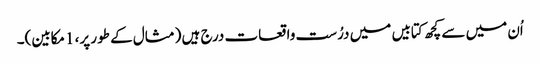
اُن میں سے کچھ کتابیں میں درُست واقعات درج ہیں (مثال کے طور پر، 1مکابین)۔